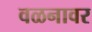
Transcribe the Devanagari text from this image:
वळनावर